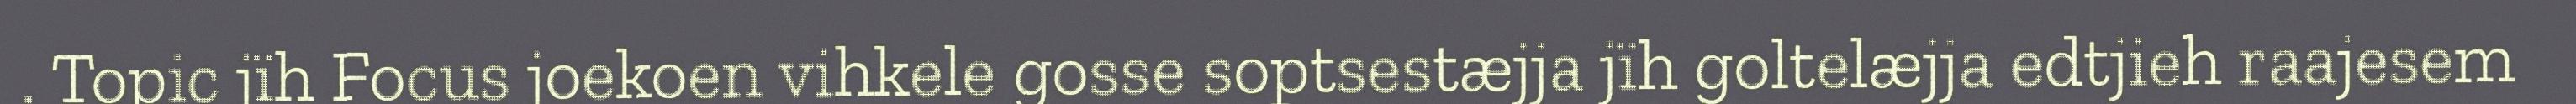
. Topic jïh Focus joekoen vihkele gosse soptsestæjja jïh goltelæjja edtjieh raajesem